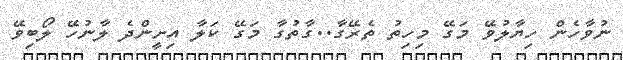
ނުވާހެން ހިޔާލުވޭ މަގޭ މިހިތު ތެރޭގާ..ގާތުގާ މަގޭ ކަލާ އިށީންދެ ލާނުހޭ ލޯބިވޭ